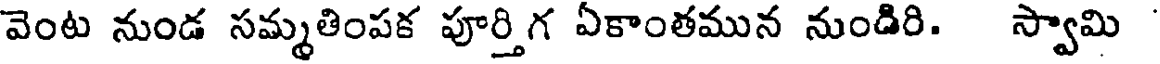
వెంట నుండ సమ్మతింపక పూర్తిగ ఏకాంతమున నుండిరి. స్వామి